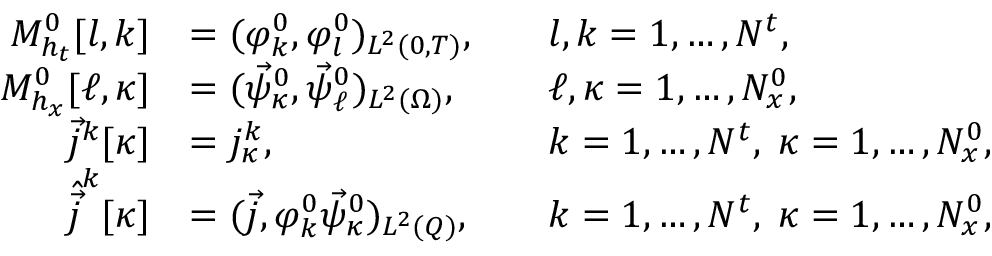
\begin{array} { r l r l } { M _ { h _ { t } } ^ { 0 } [ l , k ] } & { = ( \varphi _ { k } ^ { 0 } , \varphi _ { l } ^ { 0 } ) _ { L ^ { 2 } ( 0 , T ) } , } & & { l , k = 1 , \dots , N ^ { t } , } \\ { M _ { h _ { x } } ^ { 0 } [ \ell , \kappa ] } & { = ( \vec { \psi } _ { \kappa } ^ { 0 } , \vec { \psi } _ { \ell } ^ { 0 } ) _ { L ^ { 2 } ( \Omega ) } , } & & { \ell , \kappa = 1 , \dots , N _ { x } ^ { 0 } , } \\ { \vec { j } ^ { k } [ \kappa ] } & { = j _ { \kappa } ^ { k } , } & & { k = 1 , \dots , N ^ { t } , \; \kappa = 1 , \dots , N _ { x } ^ { 0 } , } \\ { \hat { \vec { j } } ^ { k } [ \kappa ] } & { = ( \vec { j } , \varphi _ { k } ^ { 0 } \vec { \psi } _ { \kappa } ^ { 0 } ) _ { L ^ { 2 } ( Q ) } , } & & { k = 1 , \dots , N ^ { t } , \; \kappa = 1 , \dots , N _ { x } ^ { 0 } , } \end{array}